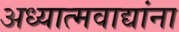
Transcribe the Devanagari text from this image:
अध्यात्मवाद्यांना